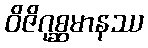
ဝိဇိဂုစ္ဆမာနဿ